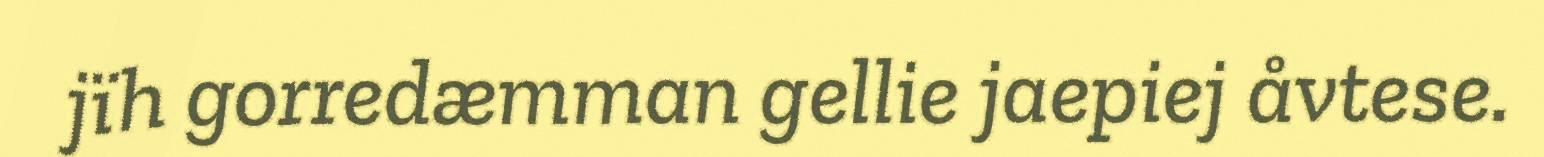
jïh gorredæmman gellie jaepiej åvtese.